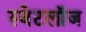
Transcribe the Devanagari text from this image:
स्वेटलॉज